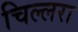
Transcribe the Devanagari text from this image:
चिल्लरा